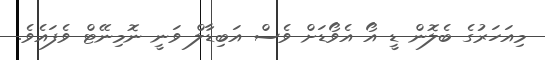
މިއަހަރުގެ ބެލޮން ޑީ އޯ އެވޯޑަށް ވެސް އަބިޑާލް ވަނީ ނޮމިނޭޓް ވެފައެވެ.